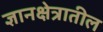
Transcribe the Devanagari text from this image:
ज्ञानक्षेत्रातील